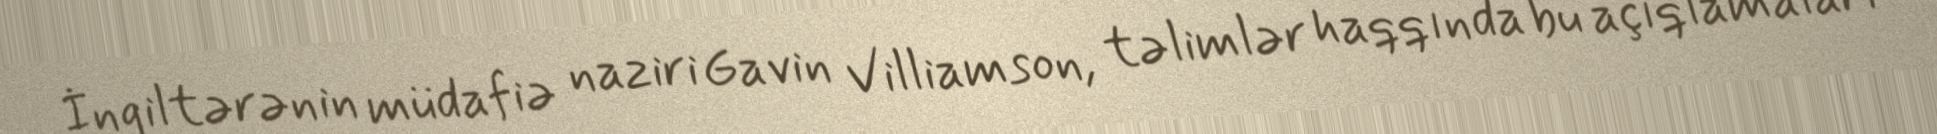
İngiltərənin müdafiə naziri Gavin Villiamson, təlimlər haqqında bu açıqlamaları